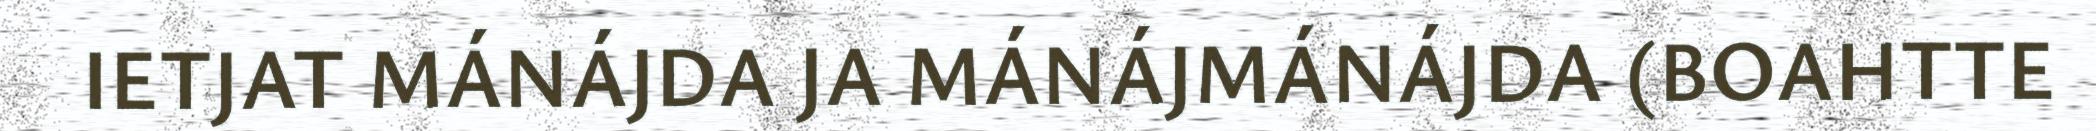
IETJAT MÁNÁJDA JA MÁNÁJMÁNÁJDA (BOAHTTE